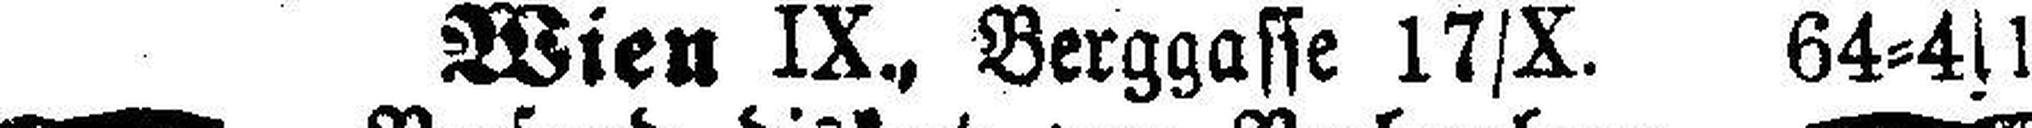
Wien IX., Berggasse 17/X. 64=4s1